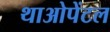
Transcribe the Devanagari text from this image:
थाओपेंटल